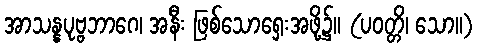
အာသန္နပုဗ္ဗဘာဂေ၊ အနီး ဖြစ်သောရှေးအဖို့၌။ (ပဝတ္တိ၊ သော။)